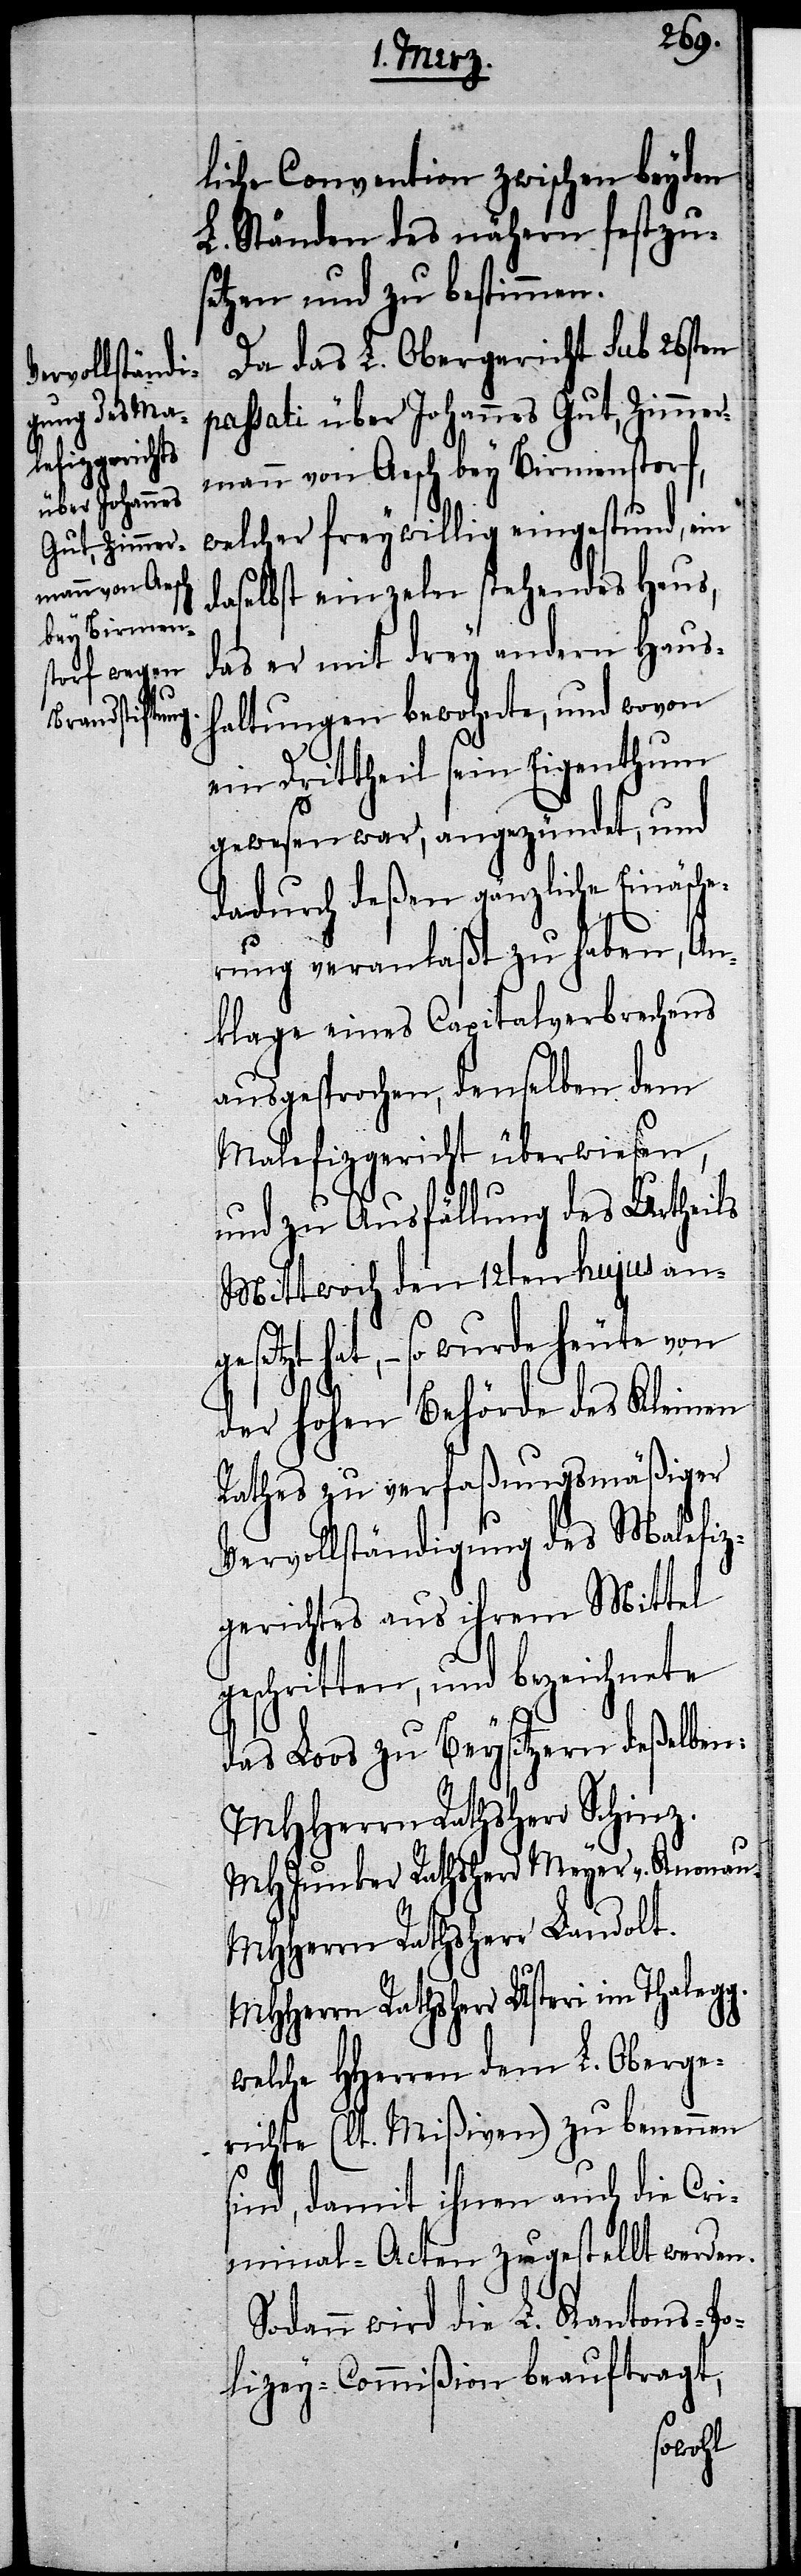
liche Convention zwischen beyden
L. Ständen des nähern festzu¬
setzen und zu bestimme¬
Da das L. Obergericht sub 26sten
passati über Johannes Gut, Zimmer¬
mann von Aesch bey Birmenstorf,
welcher freywillig eingestund, ein
daselbst einzeln stehendes Haus,
das er mit drey andern Haus¬
haltungen bewohnte, und wovon
ein Drittheil sein Eigenthum
gewesen war, angezündet, und
dadurch deßen gänzliche Einäsche¬
rung veranlaßt zu haben, An¬
klage eines Capitalverbrechens
ausgesprochen, denselben dem
Malefizgericht überwiesen,
und zu Ausfällung des Urtheils
Mittwoch den 12ten hujus ang¬
esetzt hat, – so wurde heute von
der hohen Behörde des Kleinen
Rathes zu verfaßungsmäßiger
Vervollständigung des Malefiz¬
gerichtes aus ihrem Mittel
geschritten, und bezeichnete
n.[“]
das Loos zu Beysitzern deßelben:
MHHerrn Rathsherr Schinz.
MHJunker Rathsherr Meyer v. Knonau.
MHHerrn Rathsherr Landolt.
MHHerrn Rathsherr Usteri im Thalegg.
welche HHerren dem L. Oberge¬
richte (lt. Mißiven) zu benennen
sind, damit ihnen auch die Cri¬
minal-Acten zugestellt werden.
Sodann wird die L. Kantons-Po¬
lizey-Commißion beauftragt,